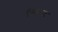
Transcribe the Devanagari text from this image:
ऍब्सल्यूट